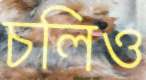
চলিও